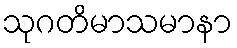
သုဂတိမာသမာနာ